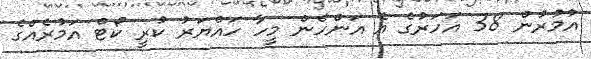
އުމުރުން 38 އަހަރުގެ އެ އަންހެން މީހާ ހައްޔަރު ކުރީ ކޯޓް އަމުރެއްގެ